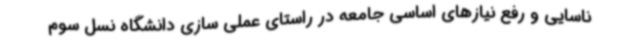
ناسایی و رفع نیازهای اساسی جامعه در راستای عملی سازی دانشگاه نسل سوم